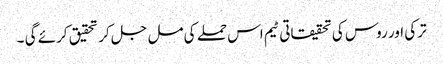
ترکی اور روس کی تحقیقاتی ٹیم اس حملے کی مل جل کر تحقیق کرئے گی ۔